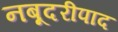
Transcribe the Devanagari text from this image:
नबूदरीपाद